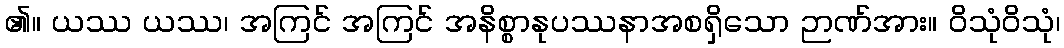
၏။ ယဿ ယဿ၊ အကြင် အကြင် အနိစ္စာနုပဿနာအစရှိသော ဉာဏ်အား။ ဝိသုံဝိသုံ၊